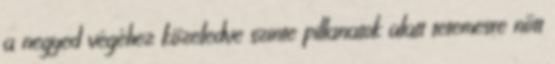
a negyed végéhez közeledve szinte pillanatok alatt tetemesre nőtt